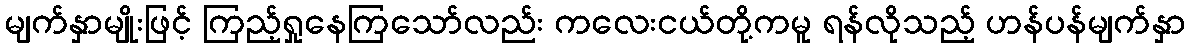
မျက်နှာမျိုးဖြင့် ကြည့်ရှုနေကြသော်လည်း ကလေးငယ်တို့ကမူ ရန်လိုသည့် ဟန်ပန်မျက်နှာ